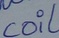
Text: coil